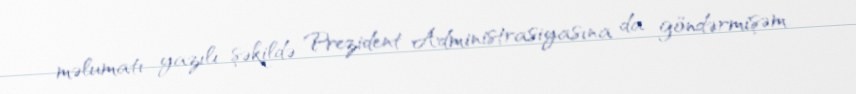
məlumatı yazılı şəkildə Prezident Administrasiyasına da göndərmişəm.